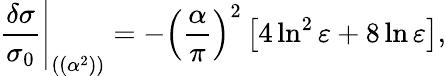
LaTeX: {\frac{\delta\sigma}{\sigma_{0}}}\Bigg\vert_{((\alpha^{2}))}=-\left({\frac{\alpha}{\pi}}\right)^{2}\left[4\ln^{2}\varepsilon+8\ln\varepsilon\right],